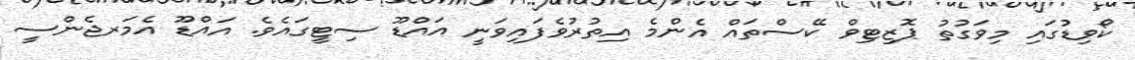
ކޯވިޑުގައި މިވަގުތު ޕޮޒިޓިވް ކޭސްތައް އެންމެ އިތުރުވެފައިވަނީ އައްޑޫ ސިޓީގައެވެ. އައްޑޫ އެމަރޖެންސީ